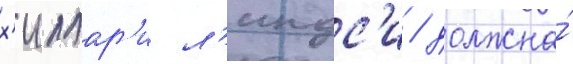
х'иллар'и л'индс'и / должна́